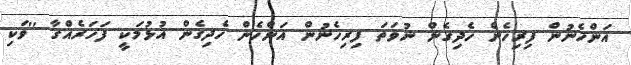
އަންހެނުން ފިރިހެން ހެދިގެން ނުވަތަ ފިރިހެނުން އަންހެން ހެދިގެން އުޅުމަކީ ފަހަރެއްގާ ''ވަކި